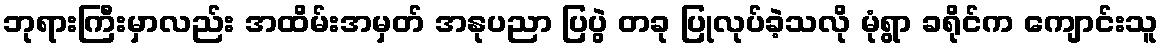
ဘုရားကြီးမှာလည်း အထိမ်းအမှတ် အနုပညာ ပြပွဲ တခု ပြုလုပ်ခဲ့သလို မုံရွာ ခရိုင်က ကျောင်းသူ